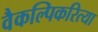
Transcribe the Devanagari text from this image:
वैकल्पिकरित्या